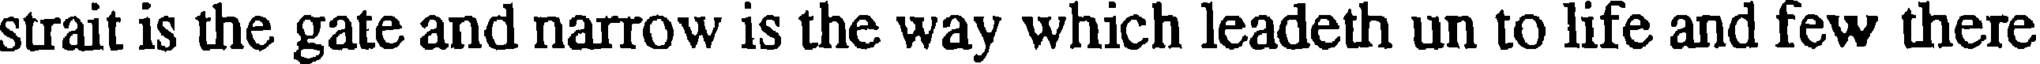
strait is the gate and narrow is the way which leadeth un to life and few there